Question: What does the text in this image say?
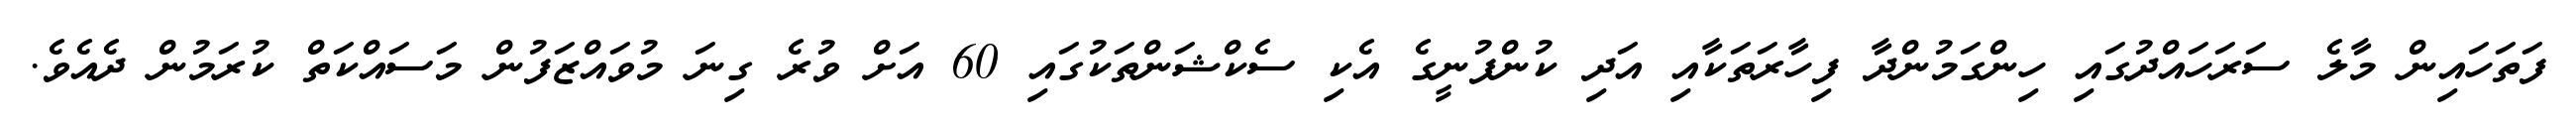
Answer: ފަތަހައިން މާލެ ސަރަހައްދުގައި ހިންގަމުންދާ ފިހާރަތަކާއި އަދި ކުންފުނީގެ އެކި ސެކްޝަންތަކުގައި 60 އަށް ވުރެ ގިނަ މުވައްޒަފުން މަސައްކަތް ކުރަމުން ދެއެވެ.